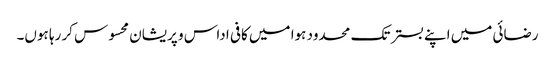
رضائی میں اپنے بستر تک محدود ہوا میں کافی اداس و پریشان محسوس کر رہا ہوں۔